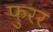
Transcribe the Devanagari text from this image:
फुरर